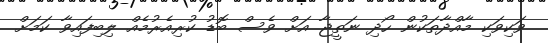
ވަކިވަކި މާއްދާތަކުން ހޯދި ނަތީޖާ އަށް ވެސް ބޮޑު ކުރިއެރުމެއް ލިބިފައިވާ ކަމަށް